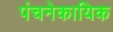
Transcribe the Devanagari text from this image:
पंचनेकायिक